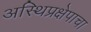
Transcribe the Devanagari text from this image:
अस्थिप्रक्षेपाचा